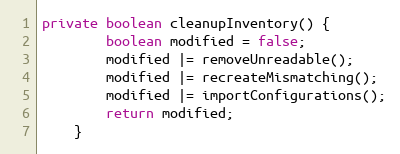
Language: Java
private boolean cleanupInventory() {
		boolean modified = false;
		modified |= removeUnreadable();
		modified |= recreateMismatching();
		modified |= importConfigurations();
		return modified;
	}